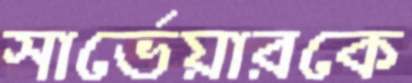
সার্ভেয়ারকে